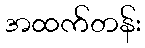
အထက်တန်း